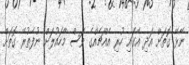
ނޭޅޭ ގޮތަށް އަދި އޭގައި ހުރި އެއްޗެއްގެ ވަސް މާހައުލަށް ނުފެތުރޭ ގޮތަށް